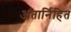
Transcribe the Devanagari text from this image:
अतार्निहित